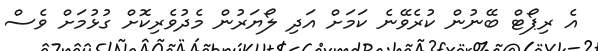
އެ ރިޕޯޓް ބޭނުން ކުރެވޭނެ ކަމަށް އަދި ލޯޔަރުން މެދުވެރިކޮށް ގުޅުމަށް ވެސް